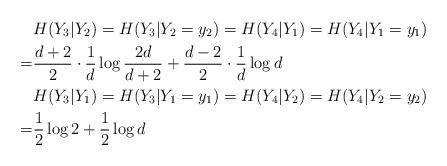
LaTeX: \begin{align*}&H(Y_3|Y_2)=H(Y_3|Y_2=y_2)= H(Y_4|Y_1)= H(Y_4|Y_1=y_1) \\=& \frac{d+2}{2} \cdot\frac{1}{d}\log \frac{2d}{d+2}+\frac{d-2}{2}\cdot\frac{1}{d}\log d \\&H(Y_3|Y_1)=H(Y_3|Y_1=y_1)= H(Y_4|Y_2)= H(Y_4|Y_2=y_2) \\=& \frac{1}{2}\log 2+\frac{1}{2}\log d \end{align*}